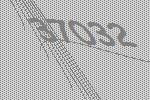
37032